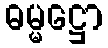
ဓမ္မဋ္ဌော